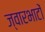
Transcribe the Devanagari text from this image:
ज्वारभाटों